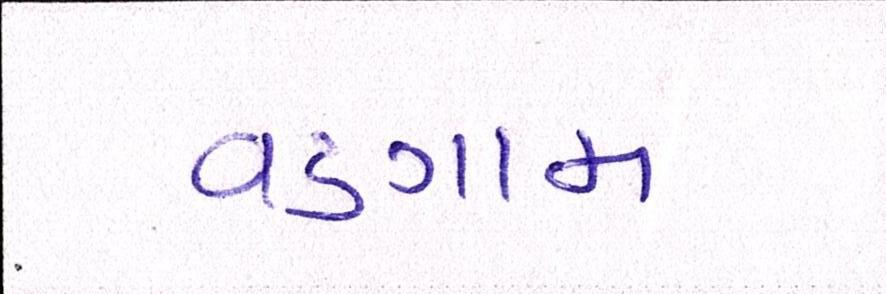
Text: વડગામ